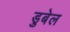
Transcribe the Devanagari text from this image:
डुबेल